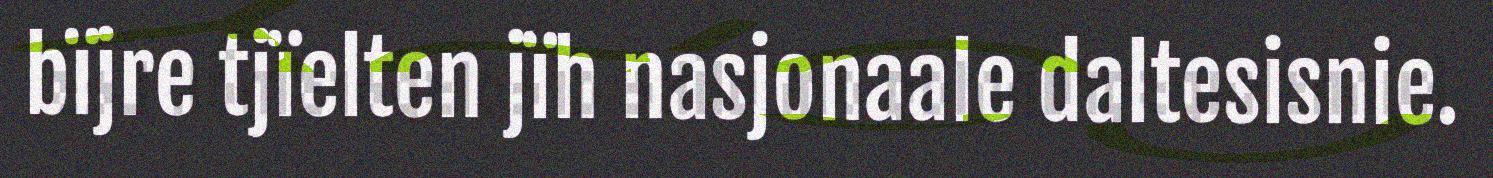
bïjre tjïelten jïh nasjonaale daltesisnie.